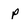
Character: p